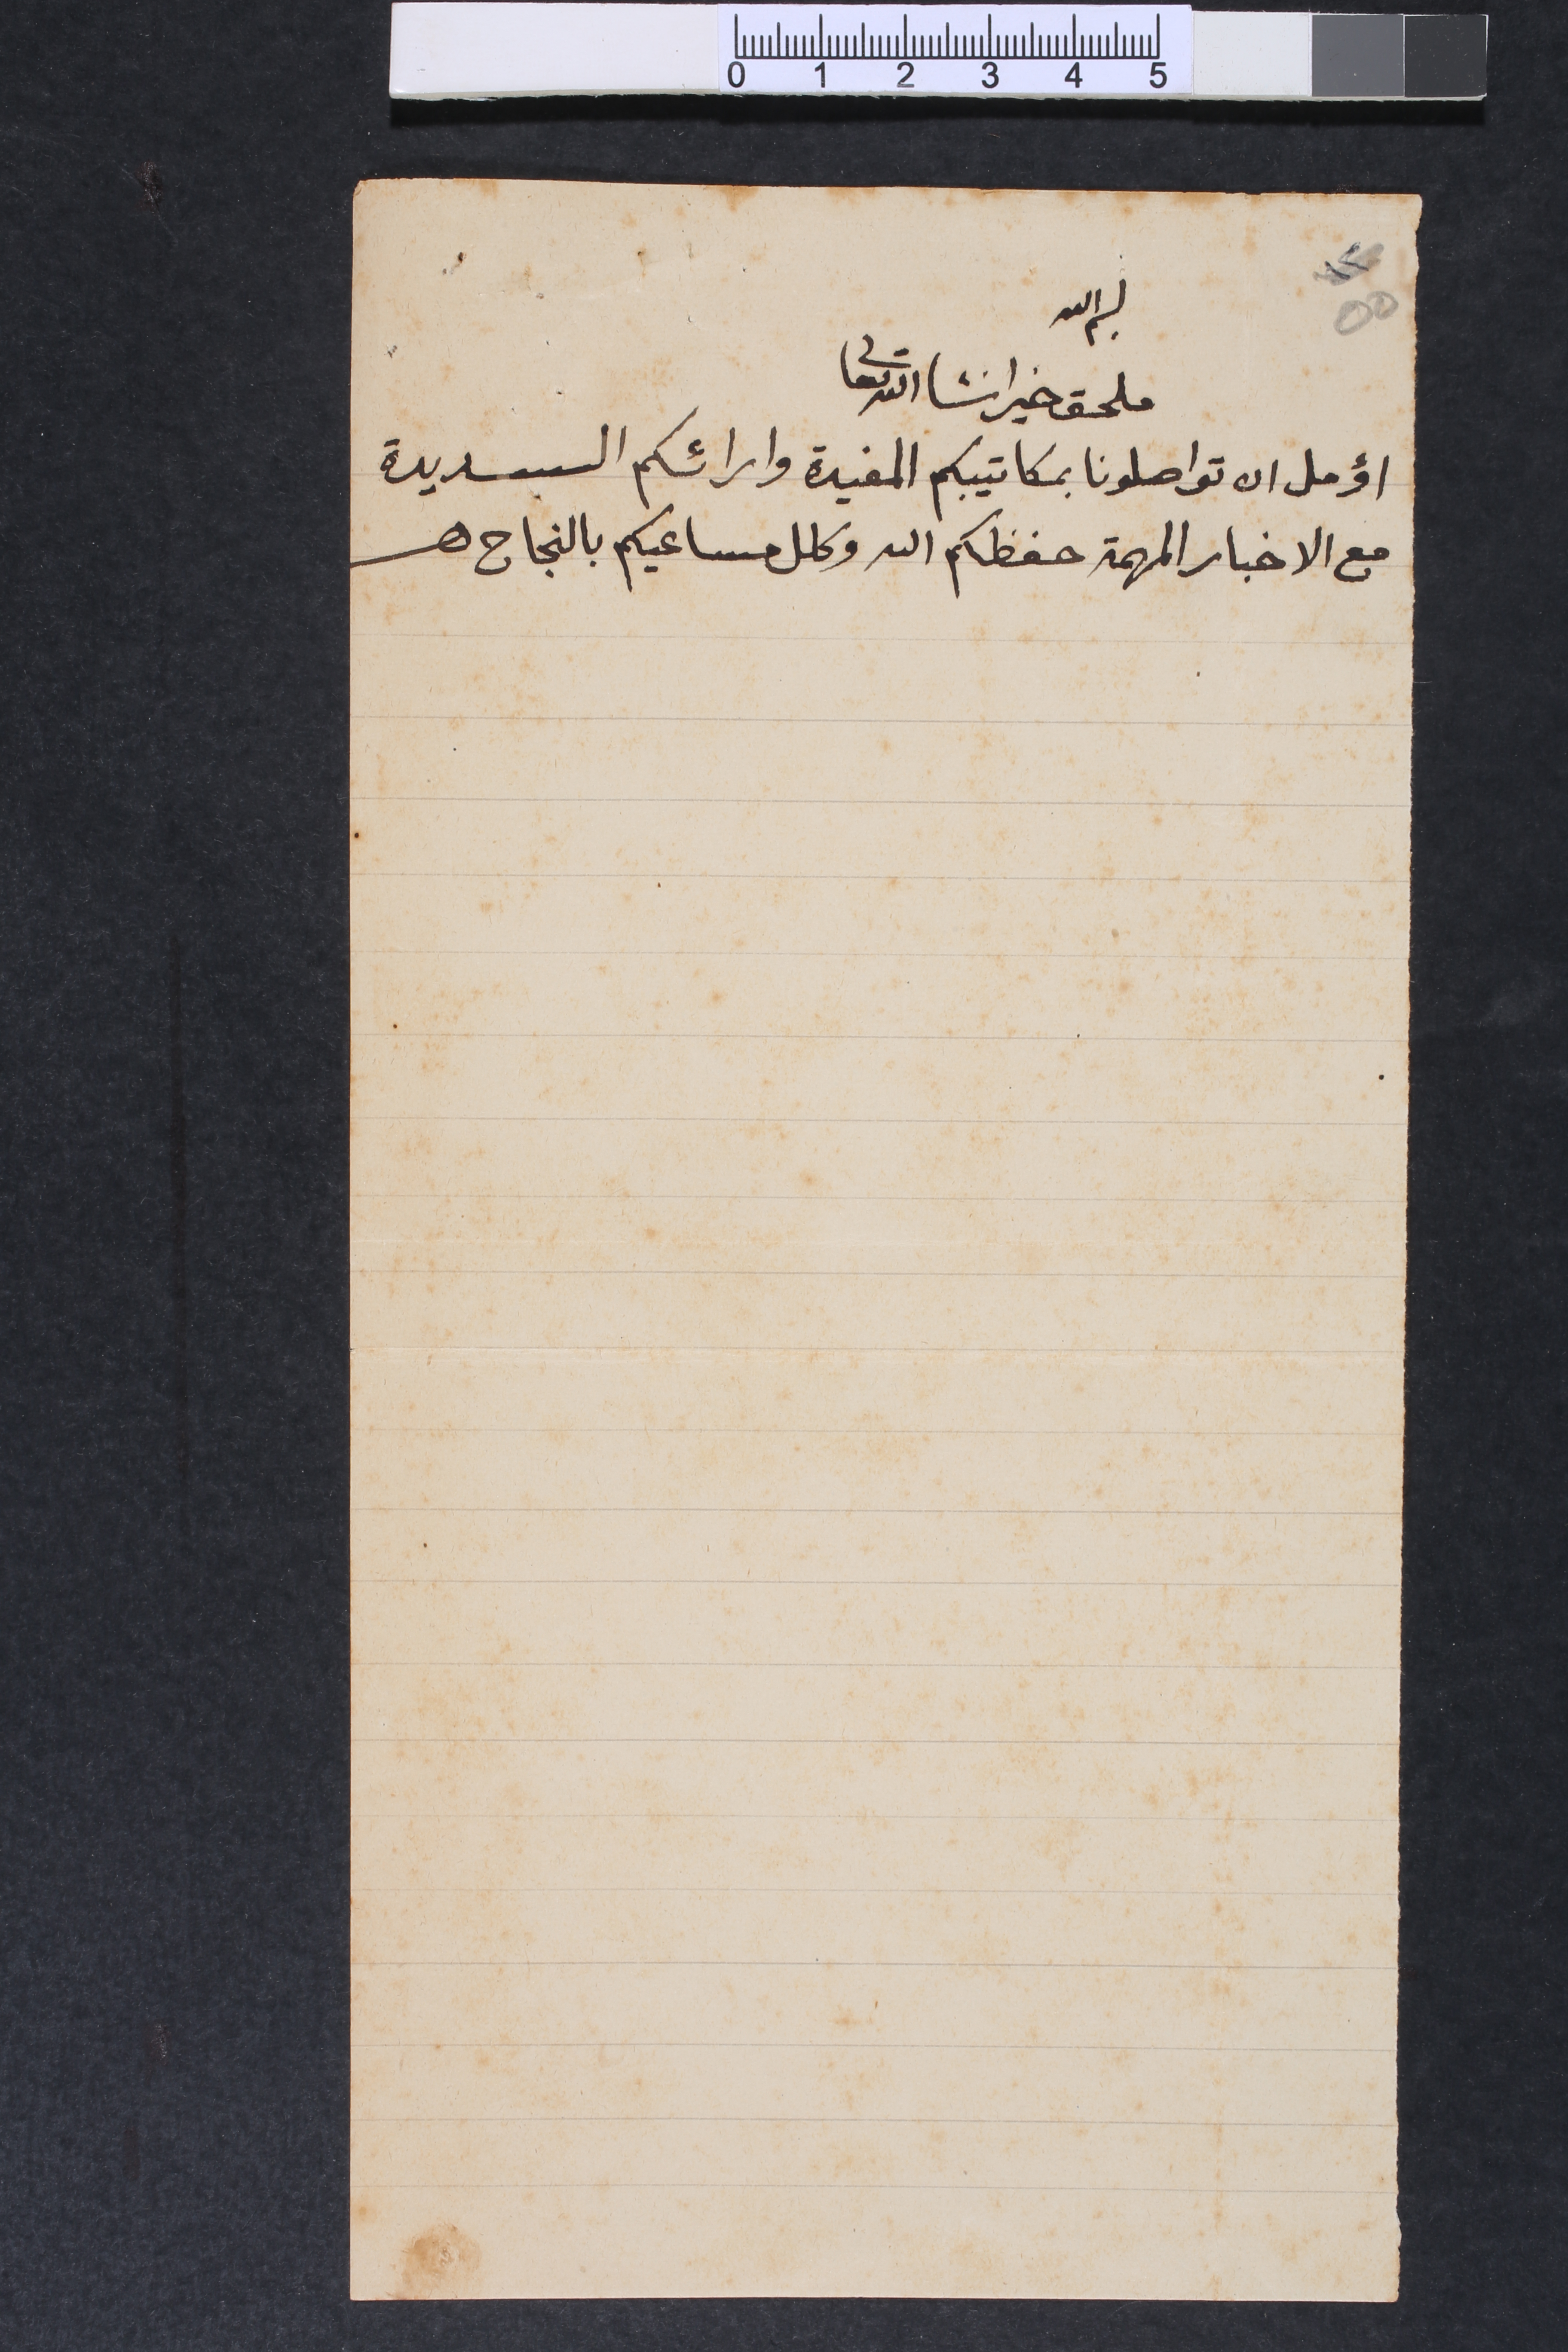
٥٥ بسم الله
ملحق خير انشاالله تعالى
اؤمل ان تواصلونا بمكاتيبكم المفيدة وارائكم السديدة
مع الاخبار المهمة حفظكم الله وكلل مساعيكم بالنجاح.